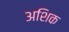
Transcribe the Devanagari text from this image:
अशिक